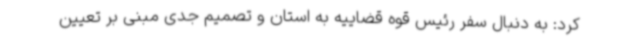
کرد: به دنبال سفر رئیس قوه قضاییه به استان و تصمیم جدی مبنی بر تعیین